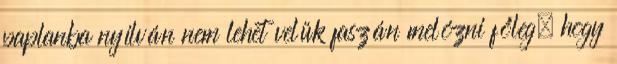
paplanba nyílván nem lehet velük faszán melózni főleg, hogy